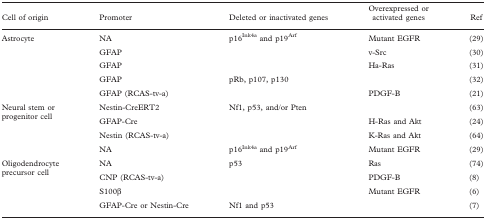
<table><thead><tr><td><b>Cell of origin</b></td><td><b>Promoter</b></td><td><b>Deleted or inactivated genes</b></td><td><b>Overexpressed or activated genes</b></td><td><b>Ref</b></td></tr></thead><tbody><tr><td rowspan="5">Astrocyte</td><td>NA</td><td>p16<sup>Ink4a</sup> and p19<sup>Arf</sup></td><td>Mutant EGFR</td><td>(29)</td></tr><tr><td>GFAP</td><td></td><td>v-Src</td><td>(30)</td></tr><tr><td>GFAP</td><td></td><td>Ha-Ras</td><td>(31)</td></tr><tr><td>GFAP</td><td>pRb, p107, p130</td><td></td><td>(32)</td></tr><tr><td>GFAP (RCAS-tv-a)</td><td></td><td>PDGF-B</td><td>(21)</td></tr><tr><td rowspan="4">Neural stem or progenitor cell</td><td>Nestin-CreERT2</td><td>Nf1, p53, and/or Pten</td><td></td><td>(63)</td></tr><tr><td>GFAP-Cre</td><td></td><td>H-Ras and Akt</td><td>(24)</td></tr><tr><td>Nestin (RCAS-tv-a)</td><td></td><td>K-Ras and Akt</td><td>(64)</td></tr><tr><td>NA</td><td>p16<sup>Ink4a</sup> and p19<sup>Arf</sup></td><td>Mutant EGFR</td><td>(29)</td></tr><tr><td rowspan="4">Oligodendrocyte precursor cell</td><td>NA</td><td>p53</td><td>Ras</td><td>(74)</td></tr><tr><td>CNP (RCAS-tv-a)</td><td></td><td>PDGF-B</td><td>(8)</td></tr><tr><td>S100β</td><td></td><td>Mutant EGFR</td><td>(6)</td></tr><tr><td>GFAP-Cre or Nestin-Cre</td><td>Nf1 and p53</td><td></td><td>(7)</td></tr></tbody></table>